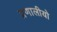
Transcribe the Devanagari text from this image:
प्रणालीयो